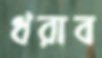
ধরাব